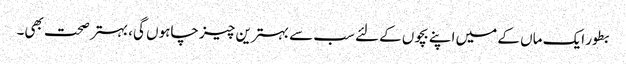
بطور ایک ماں کے میں اپنے بچوں کےلئے سب سے بہترین چیز چاہوں گی، بہتر صحت بھی۔